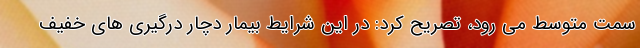
سمت متوسط می رود، تصریح کرد: در این شرایط بیمار دچار درگیری های خفیف